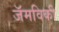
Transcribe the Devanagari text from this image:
जॅमविकी